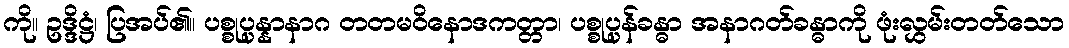
ကို။ ဥဒ္ဒိဋ္ဌံ၊ ပြအပ်၏။ ပစ္စုပ္ပန္နာနာဂ တတမဝိနောဒကတ္တာ၊ ပစ္စုပ္ပန်ခန္ဓာ အနာဂတ်ခန္ဓာကို ဖုံးလွှမ်းတတ်သော